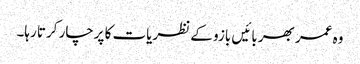
وہ عمر بھر بائیں بازو کے نظریات کا پرچار کرتا رہا۔